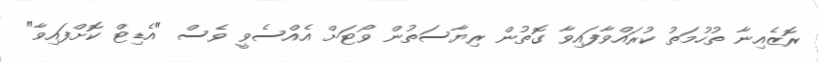
ރޮޒެއިނާ ތުހުމަތު ކުރައްވާފައިވާ ގޮތުން ރިޔާސަތުން ވޯޓަށް އެއްސެވީ ވެސް "އެޑިޓް ކޮށްފައިވާ"